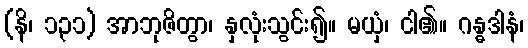
(နိ၊ ၁၃၁) အာဘုဇိတွာ၊ နှလုံးသွင်း၍။ မယှံ၊ ငါ၏။ ဂန္ဓဒါနံ၊